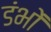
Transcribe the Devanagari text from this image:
डंभों